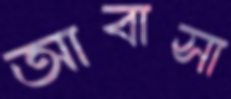
আবাসা